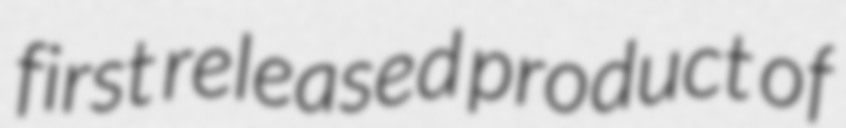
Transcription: first released product of